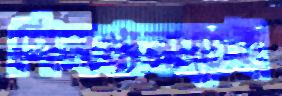
পিলখানাতেই